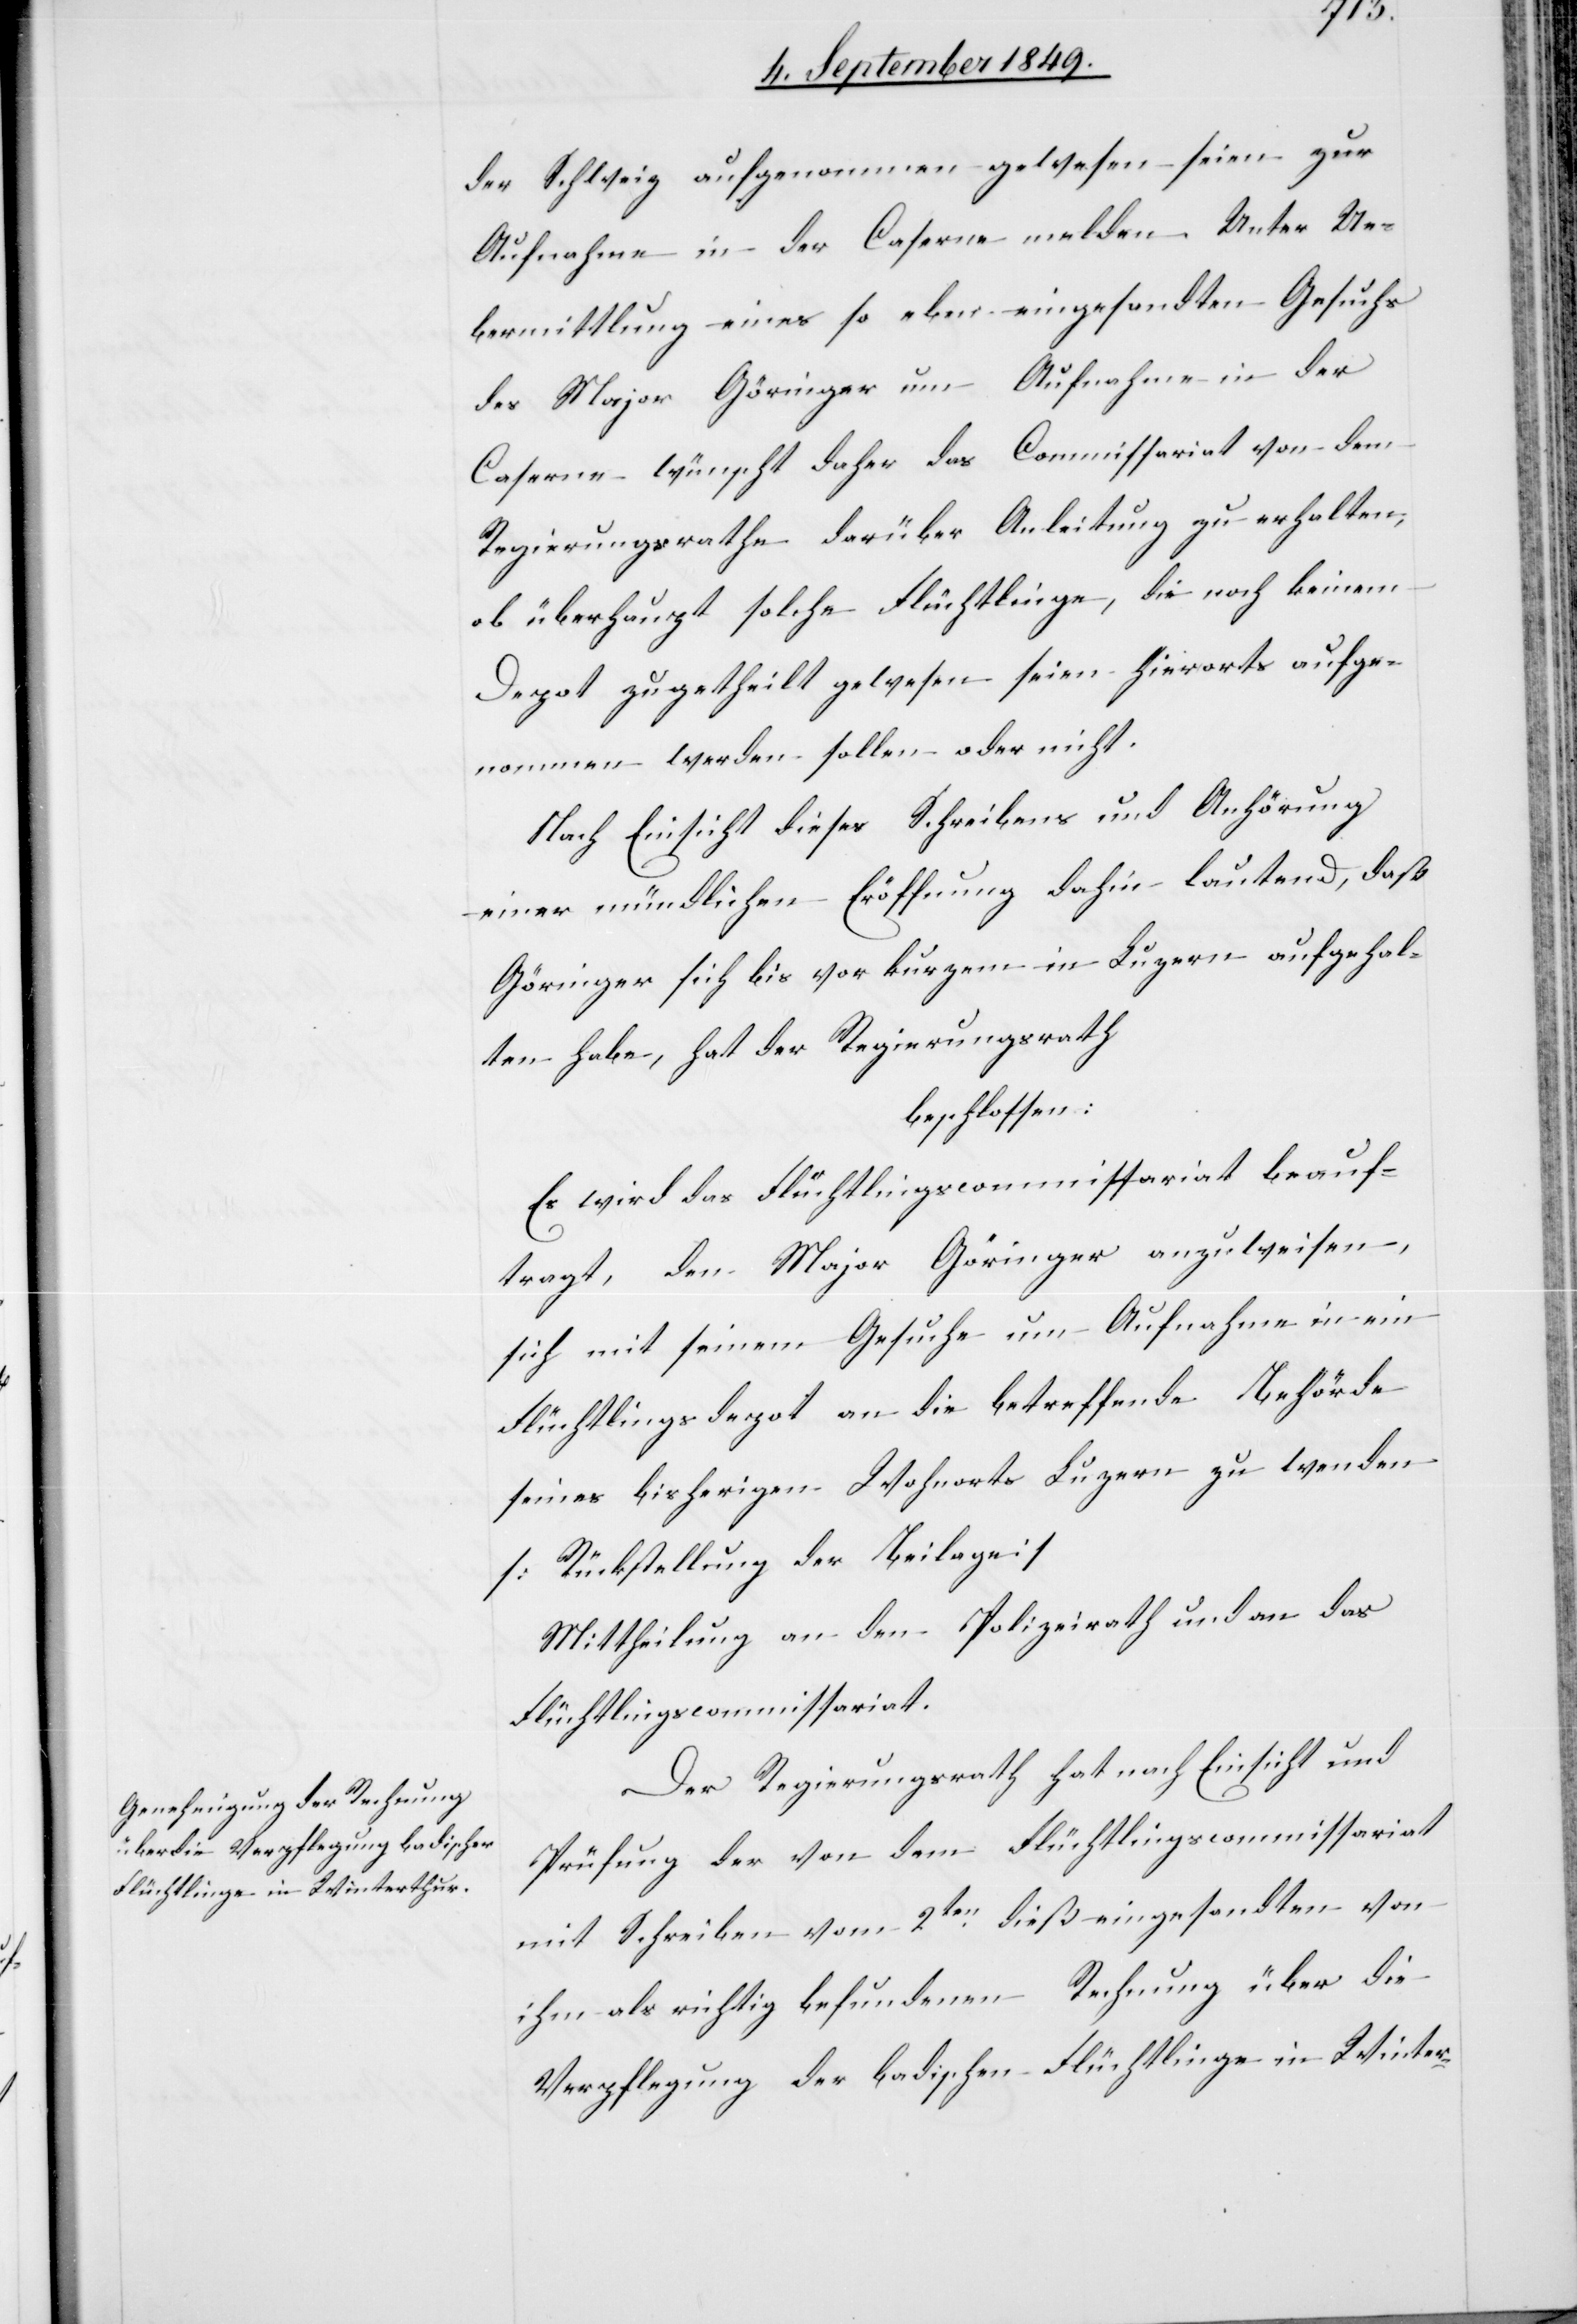
der Schweiz aufgenommen gewesen seien zur
Aufnahme in der Caserne melden. Unter Ue¬
bermittlung eines so eben eingesandten Gesuchs
des Major Göringer um Aufnahme in der
Caserne wünscht daher das Commissariat von dem
Regierungsrathe darüber Anleitung zu erhalten,
ob überhaupt solche Flüchtlinge, die noch keinem
Depot zugetheilt gewesen seien hierorts aufge¬
nommen werden sollen oder nicht.
Nach Einsicht dieses Schreibens und Anhörung
einer mündlichen Eröffnung dahin lautend, daß
Göringer sich bis vor kurzem in Luzern aufgehal¬
ten habe, hat der Regierungsrath
beschlossen:
Es wird das Flüchtlingscommissariat beauf¬
tragt, den Major Göringer anzuweisen,
sich mit seinem Gesuche um Aufnahme in ein
Flüchtlingsdepot an die betreffende Behörde
seines bisherigen Wohnorts Luzern zu wenden
[Rückstellung der Beilage]
Mittheilung an den Polizeirath und an das
Flüchtlingscommissariat.
Der Regierungsrath hat nach Einsicht und
Prüfung der von dem Flüchtlingscommissariat
mit Schreiben vom 2ten dieß eingesandten von
ihm als richtig befundenen Rechnung über die
Verpflegung der badischen Flüchtlinge in Winter-